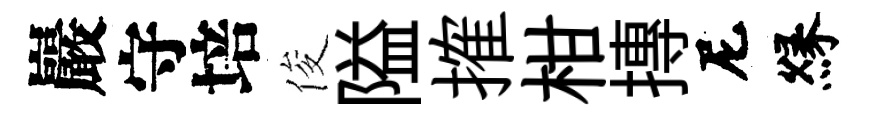
巖守培俊隘搉柑摶尼縁